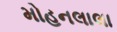
મોહનલાલા